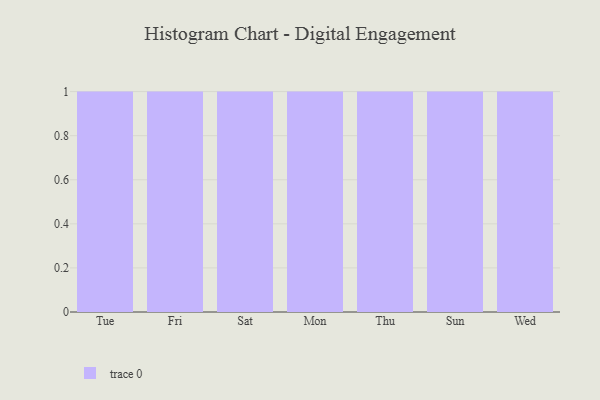
{"axis": {"x": "Day", "y": "Humidity (%)"}, "legend": [""], "data": [{"x": "Tue", "y": 92, "type": ""}, {"x": "Fri", "y": 38, "type": ""}, {"x": "Sat", "y": 12, "type": ""}, {"x": "Mon", "y": 95, "type": ""}, {"x": "Thu", "y": 58, "type": ""}, {"x": "Sun", "y": 89, "type": ""}, {"x": "Wed", "y": 96, "type": ""}]}